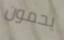
يحمون